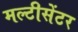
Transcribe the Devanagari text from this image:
मल्टीसेंटर